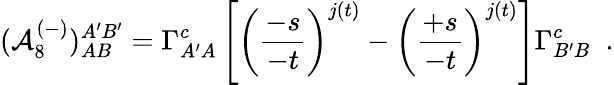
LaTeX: ({\cal A}_{8}^{(-)})_{AB}^{A^{\prime}B^{\prime}}=\Gamma_{A^{\prime}A}^{c}\left[\left(\frac{-s}{-t}\right)^{j(t)}-\left(\frac{+s}{-t}\right)^{j(t)}\right]\Gamma_{B^{\prime}B\mathrm{~\ \ }}^{c}.